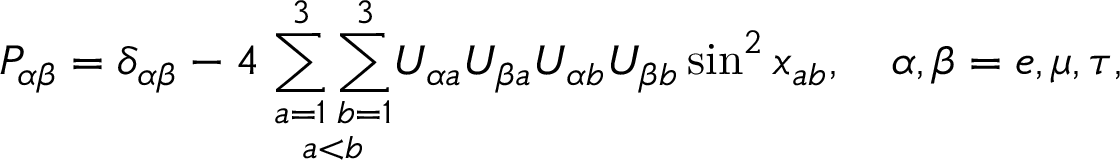
P _ { \alpha \beta } = \delta _ { \alpha \beta } - 4 \; \underset { a < b } { \sum _ { a = 1 } ^ { 3 } \sum _ { b = 1 } ^ { 3 } } U _ { \alpha a } U _ { \beta a } U _ { \alpha b } U _ { \beta b } \sin ^ { 2 } x _ { a b } , \quad \alpha , \beta = e , \mu , \tau ,